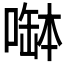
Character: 𠼭